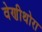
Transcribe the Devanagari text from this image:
वेणीथोरा